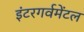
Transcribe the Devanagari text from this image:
इंटरगर्वमेंटल